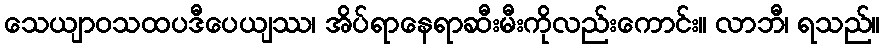
သေယျာဝသထပဒီပေယျဿ၊ အိပ်ရာနေရာဆီးမီးကိုလည်းကောင်း။ လာဘီ၊ ရသည်။